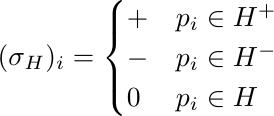
\begin{align*}
(\sigma_H)_i = \begin{cases}
+ & p_i \in H^+\\
- & p_i \in H^-\\
0 & p_i \in H
\end{cases}
\end{align*}